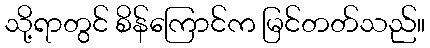
သို့ရာတွင် စိန်ကြောင်က မြင်တတ်သည်။